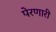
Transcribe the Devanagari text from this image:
पेरणारी